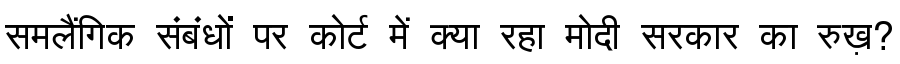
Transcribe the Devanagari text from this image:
समलैंगिक संबंधों पर कोर्ट में क्या रहा मोदी सरकार का रुख़?